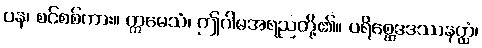
ပန၊ စင်စစ်ကား။ ဣမေသံ၊ ဤဂါမအရညတို့၏။ ပရိစ္ဆေဒဒဿနတ္ထံ၊